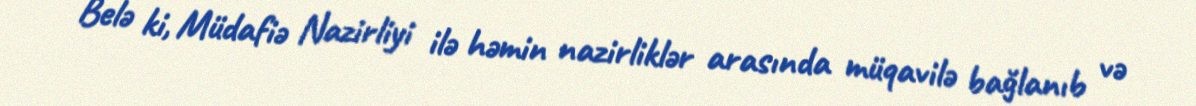
Belə ki, Müdafiə Nazirliyi ilə həmin nazirliklər arasında müqavilə bağlanıb və